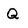
Character: Q